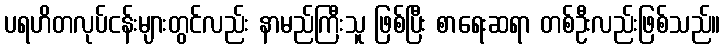
ပရဟိတလုပ်ငန်းများတွင်လည်း နာမည်ကြီးသူ ဖြစ်ပြီး စာရေးဆရာ တစ်ဦးလည်းဖြစ်သည်။